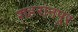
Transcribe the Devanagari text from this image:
शहरानपूर